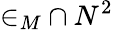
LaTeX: {\in_{M}}\cap N^{2}